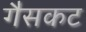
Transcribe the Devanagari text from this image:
गैसकट